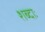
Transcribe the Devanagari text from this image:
शब्दाः